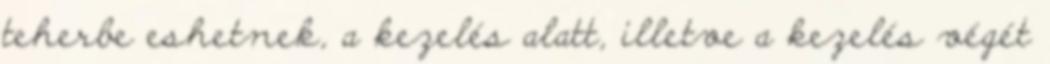
teherbe eshetnek, a kezelés alatt, illetve a kezelés végét